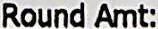
ROUND AMT: